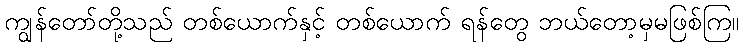
ကျွန်တော်တို့သည် တစ်ယောက်နှင့် တစ်ယောက် ရန်တွေ ဘယ်တော့မှမဖြစ်ကြ။